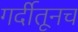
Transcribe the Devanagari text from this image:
गर्दीतूनच